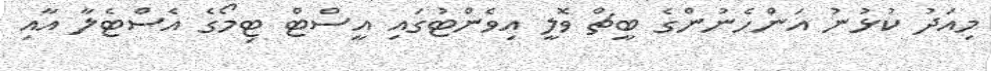
މިއަދު ކުޅުނު އަންހެނުންގެ ބީޗް ވޮލީ އިވެންޓުގައި އީސްޓް ޓިމޯގެ އެސްޓެލާ އާއި